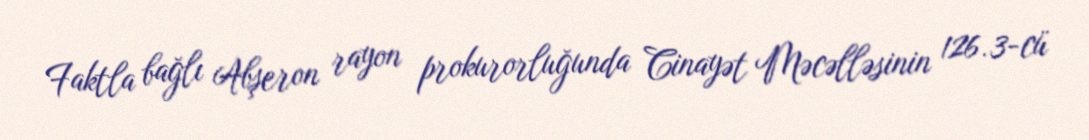
Faktla bağlı Abşeron rayon prokurorluğunda Cinayət Məcəlləsinin 126.3-cü